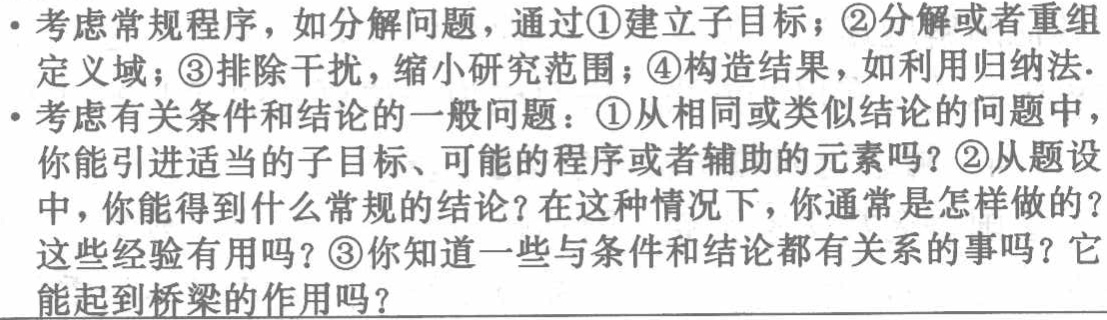
- 考虑常规程序，如分解问题，通过\textcircled{1}建立子目标；\textcircled{2}分解或者重组定义域；\textcircled{3}排除干扰，缩小研究范围；\textcircled{4}构造结果，如利用归纳法.

- 考虑有关条件和结论的一般问题：\textcircled{1}从相同或类似结论的问题中，你能引进适当的子目标、可能的程序或者辅助的元素吗？\textcircled{2}从题设中，你能得到什么常规的结论？在这种情况下，你通常是怎样做的？这些经验有用吗？\textcircled{3}你知道一些与条件和结论都有关系的事吗？它能起到桥梁的作用吗？